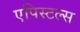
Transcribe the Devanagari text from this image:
एपिस्टल्स